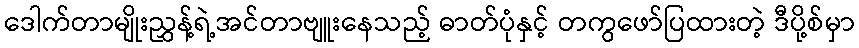
ဒေါက်တာမျိုးညွှန့်ရဲ့အင်တာဗျူးနေသည့် ဓာတ်ပုံနှင့် တကွဖော်ပြထားတဲ့ ဒီပို့စ်မှာ